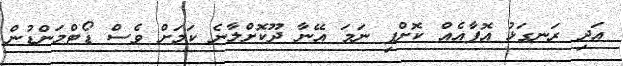
އަދި ރަނގަޅު އޮފާއެއް ކޮށްފި ނަމަ އޭނާ ދޫކޮށްލާނެ ކަމަށް ވެސް ޑޯޓްމަންޑުން